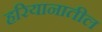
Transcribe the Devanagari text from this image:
हरियानातील